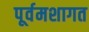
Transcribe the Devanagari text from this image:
पूर्वमशागत